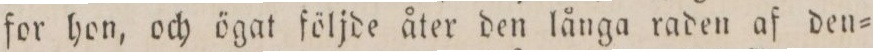
for hon, och ögat följde åter den långa raden af den=